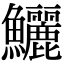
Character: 鱺